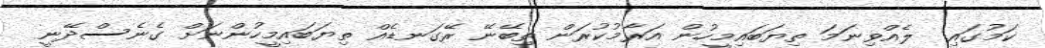
ކަމުގައި  ލެއްވިނަމަ ތިޔަބައިމީހުން އަރާމުކުރަން ތިބޭނޭ ރޭގަނޑެއް ތިޔަބައިމީހުންނަށް ގެނެސްދޭނީ